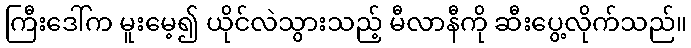
ကြီးဒေါ်က မူးမေ့၍ ယိုင်လဲသွားသည့် မီလာနီကို ဆီးပွေ့လိုက်သည်။